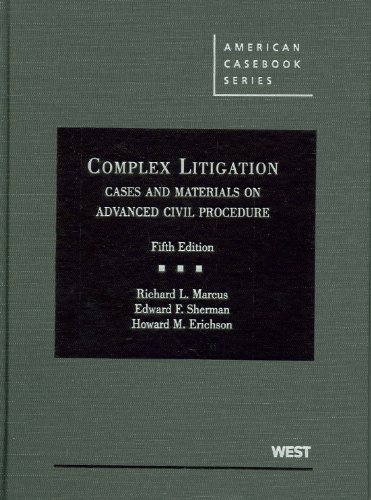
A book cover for Complex Litigation, Cases and Materials on Advanced Civil Procedure (American Casebook Series); Richard Marcus; Law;